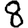
Digit: 8